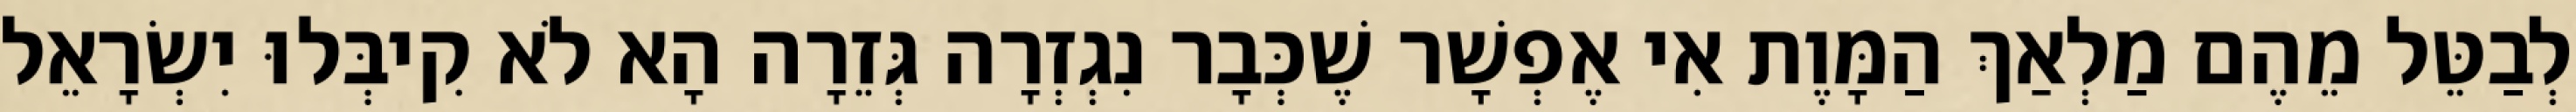
לְבַטֵּל מֵהֶם מַלְאַךְ הַמָּוֶת אִי אֶפְשָׁר שֶׁכְּבָר נִגְזְרָה גְּזֵרָה הָא לֹא קִיבְּלוּ יִשְׂרָאֵל